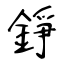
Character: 錚